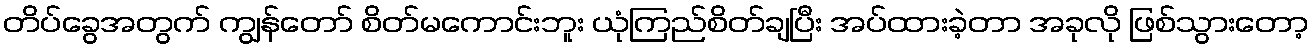
တိပ်ခွေအတွက် ကျွန်တော် စိတ်မကောင်းဘူး ယုံကြည်စိတ်ချပြီး အပ်ထားခဲ့တာ အခုလို ဖြစ်သွားတော့